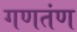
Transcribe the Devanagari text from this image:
गणतंण